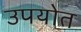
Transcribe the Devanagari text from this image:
उपयोत